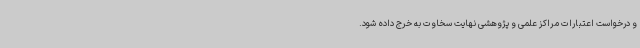
و درخواست اعتبارات مراکز علمی و پژوهشی نهایت سخاوت به خرج داده شود.